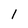
Character: 1